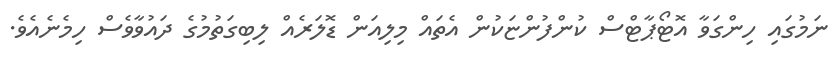
ނަމުގައި ހިންގަވާ އޮޓޯޕާޓްސް ކުންފުންޏަކުން އެތައް މިލިއަން ޑޮލަރެއް ލިބިގަތުމުގެ ދައުވާވެސް ހިމެނެއެވެ.